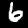
Digit: 6